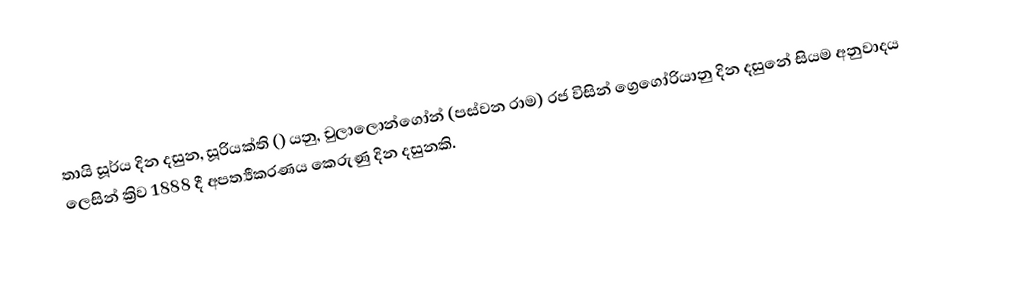
තායි සූර්ය දින දසුන, සූරියක්ති () යනු,  චුලාලොන්ගෝන්  (පස්වන රාම) රජ විසින් ග්‍රෙගෝරියානු දින දසුනේ සියම අනුවාදය ලෙසින් ක්‍රිව 1888 දී අපත්‍යීකරණය කෙරුණු දින දසුනකි.